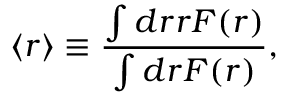
\langle r \rangle \equiv { \frac { \int d r r F ( r ) } { \int d r F ( r ) } } ,